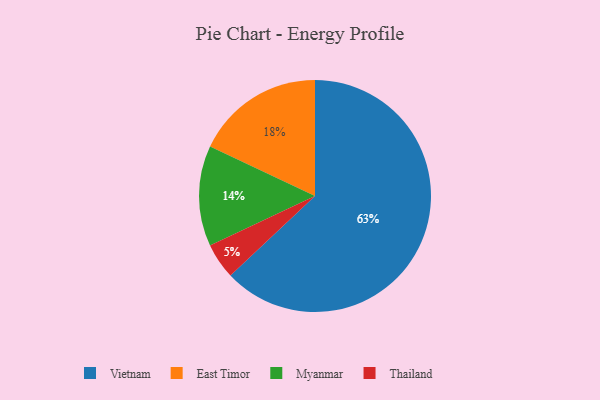
{"axis": {"x": "Category", "y": "Percentage"}, "legend": ["East Timor", "Myanmar", "Thailand", "Vietnam"], "data": [{"x": "East Timor", "y": 18, "type": "East Timor"}, {"x": "Vietnam", "y": 63, "type": "Vietnam"}, {"x": "Myanmar", "y": 14, "type": "Myanmar"}, {"x": "Thailand", "y": 5, "type": "Thailand"}]}